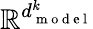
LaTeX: \mathbb{R}^{d_{\mathrm{~m~o~d~e~l~}}^{k}}